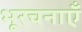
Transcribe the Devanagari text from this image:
भूरचनाएँ